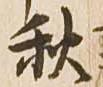
秋